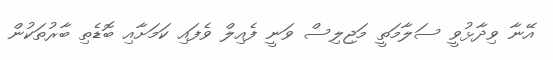
އޭނާ ވިދާޅުވީ ސަލާމަތީ މަޖިލިސް ވަނީ ފެއިލް ވެފައި ކަމަށާއި ބޮޑެތި ބާރުތަކުން